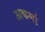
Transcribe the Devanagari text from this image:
अकर्मा